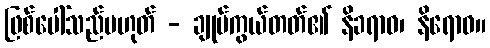
ဖြစ်ပေါ်သည်မဟုတ် - ချုပ်ကွယ်တတ်၏ နိခရာဓ၊ နိရောဓ။